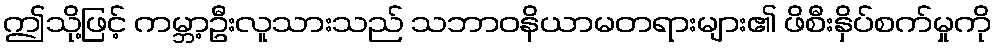
ဤသို့ဖြင့် ကမ္ဘာ့ဦးလူသားသည် သဘာဝနိယာမတရားများ၏ ဖိစီးနှိပ်စက်မှုကို